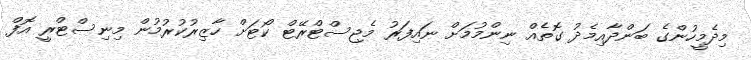
މިދެމީހުންގެ ބަންދާއިމެދު ގޮތެއް ނިންމުމަށް ނައިފަރު މެޖިސްޓްރޭޓް ކޯޓަށް ހާޒިރުކުރުމުން މިނިސްޓްރީ އޮފް